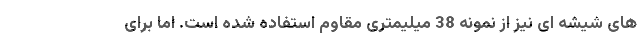
های شیشه ای نیز از نمونه 38 میلیمتری مقاوم استفاده شده است. اما برای